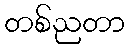
တစ်ညတာ